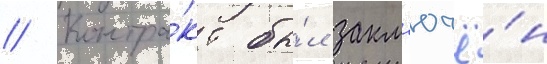
// Контра́кт бы́л закл'ючё́н